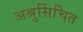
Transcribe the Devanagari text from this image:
अश्रुसिंचित